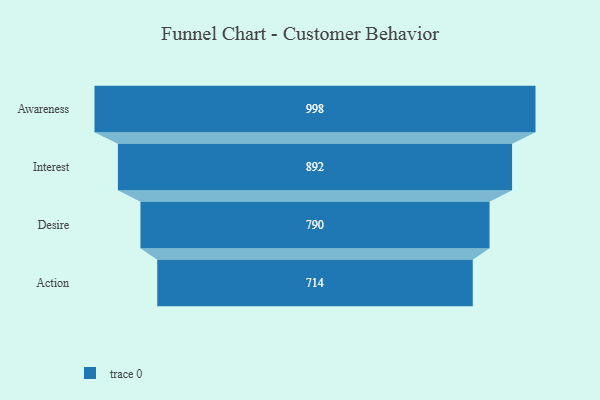
{"axis": {"x": "Stage", "y": "Value"}, "legend": [""], "data": [{"x": "Awareness", "y": 998.0, "type": ""}, {"x": "Interest", "y": 892.0, "type": ""}, {"x": "Desire", "y": 790.0, "type": ""}, {"x": "Action", "y": 714.0, "type": ""}]}